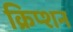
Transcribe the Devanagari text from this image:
क्रिप्शन